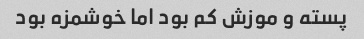
پسته و موزش کم بود اما خوشمزه بود